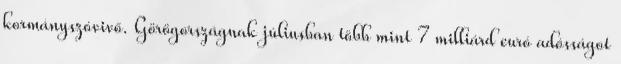
kormányszóvivő. Görögországnak júliusban több mint 7 milliárd euró adósságot